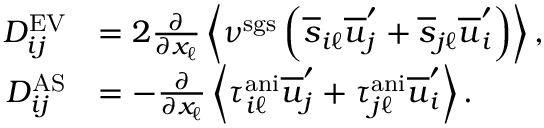
\begin{array} { r l } { D _ { i j } ^ { \mathrm { E V } } } & { = 2 \frac { \partial } { \partial x _ { \ell } } \left< \nu ^ { \mathrm { s g s } } \left( \overline { { s } } _ { i \ell } \overline { { u } } _ { j } ^ { \prime } + \overline { { s } } _ { j \ell } \overline { { u } } _ { i } ^ { \prime } \right) \right> , } \\ { D _ { i j } ^ { \mathrm { A S } } } & { = - \frac { \partial } { \partial x _ { \ell } } \left< \tau _ { i \ell } ^ { \mathrm { a n i } } \overline { { u } } _ { j } ^ { \prime } + \tau _ { j \ell } ^ { \mathrm { a n i } } \overline { { u } } _ { i } ^ { \prime } \right> . } \end{array}